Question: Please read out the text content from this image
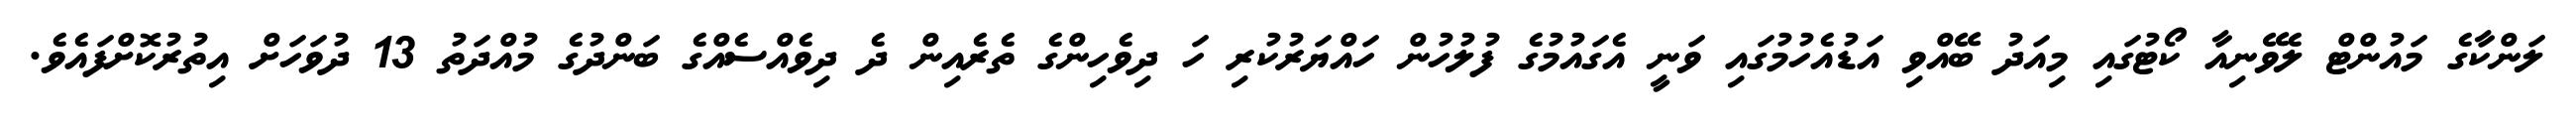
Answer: ލަންކާގެ މައުންޓް ލެވޭނިއާ ކޯޓުގައި މިއަދު ބޭއްވި އަޑުއެހުމުގައި ވަނީ އެގައުމުގެ ފުލުހުން ހައްޔަރުކުރި ހަ ދިވެހިންގެ ތެރެއިން ދެ ދިވެއްސެއްގެ ބަންދުގެ މުއްދަތު 13 ދުވަހަށް އިތުރުކޮށްފައެވެ.